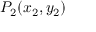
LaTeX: P _ { 2 } ( x _ { 2 } , y _ { 2 } )